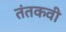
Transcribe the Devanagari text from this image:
तंतकवी